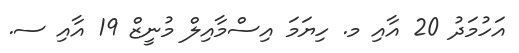
އަހުމަދު 20 އާއި މ. ހިޔަމަ އިސްމާއިލް މުނީޒް 19 އާއި ސ.